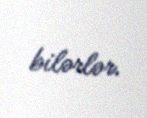
bilərlər.